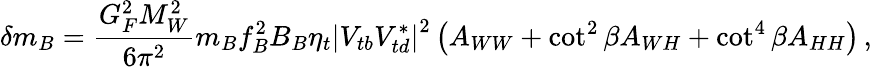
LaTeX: \delta m_{B}=\frac{G_{F}^{2}M_{W}^{2}}{6\pi^{2}}m_{B}f_{B}^{2}B_{B}\eta_{t}\left|V_{tb}V_{td}^{*}\right|^{2}\left(A_{WW}+\cot^{2}\beta A_{WH}+\cot^{4}\beta A_{HH}\right)\, ,